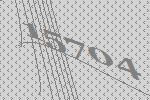
15704